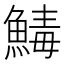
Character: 𩹝